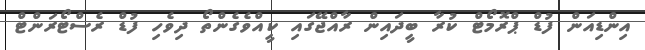
އިންޑިއަން ފުޑް ޕްރޮމޯޓް ކުރާ ބީދައިން ރާއްޖޭގައި ކީއްވެގެންތޯ ދިވެހި ފުޑް ރެސްޓޯރަންޓް